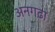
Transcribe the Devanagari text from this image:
अनगढ़ा